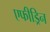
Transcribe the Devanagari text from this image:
एफीड्रिन